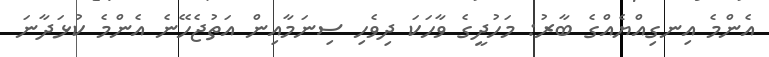
އެންމެ އިނގިއްޔެއްގެ ބާރު: މަހުދީގެ ވާހަކަ ދިވެހި ސިނަމާއިން އަތުޖެހޭނެ އެންމެ ކުޅަދާނަ